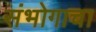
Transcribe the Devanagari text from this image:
संभोगाचा